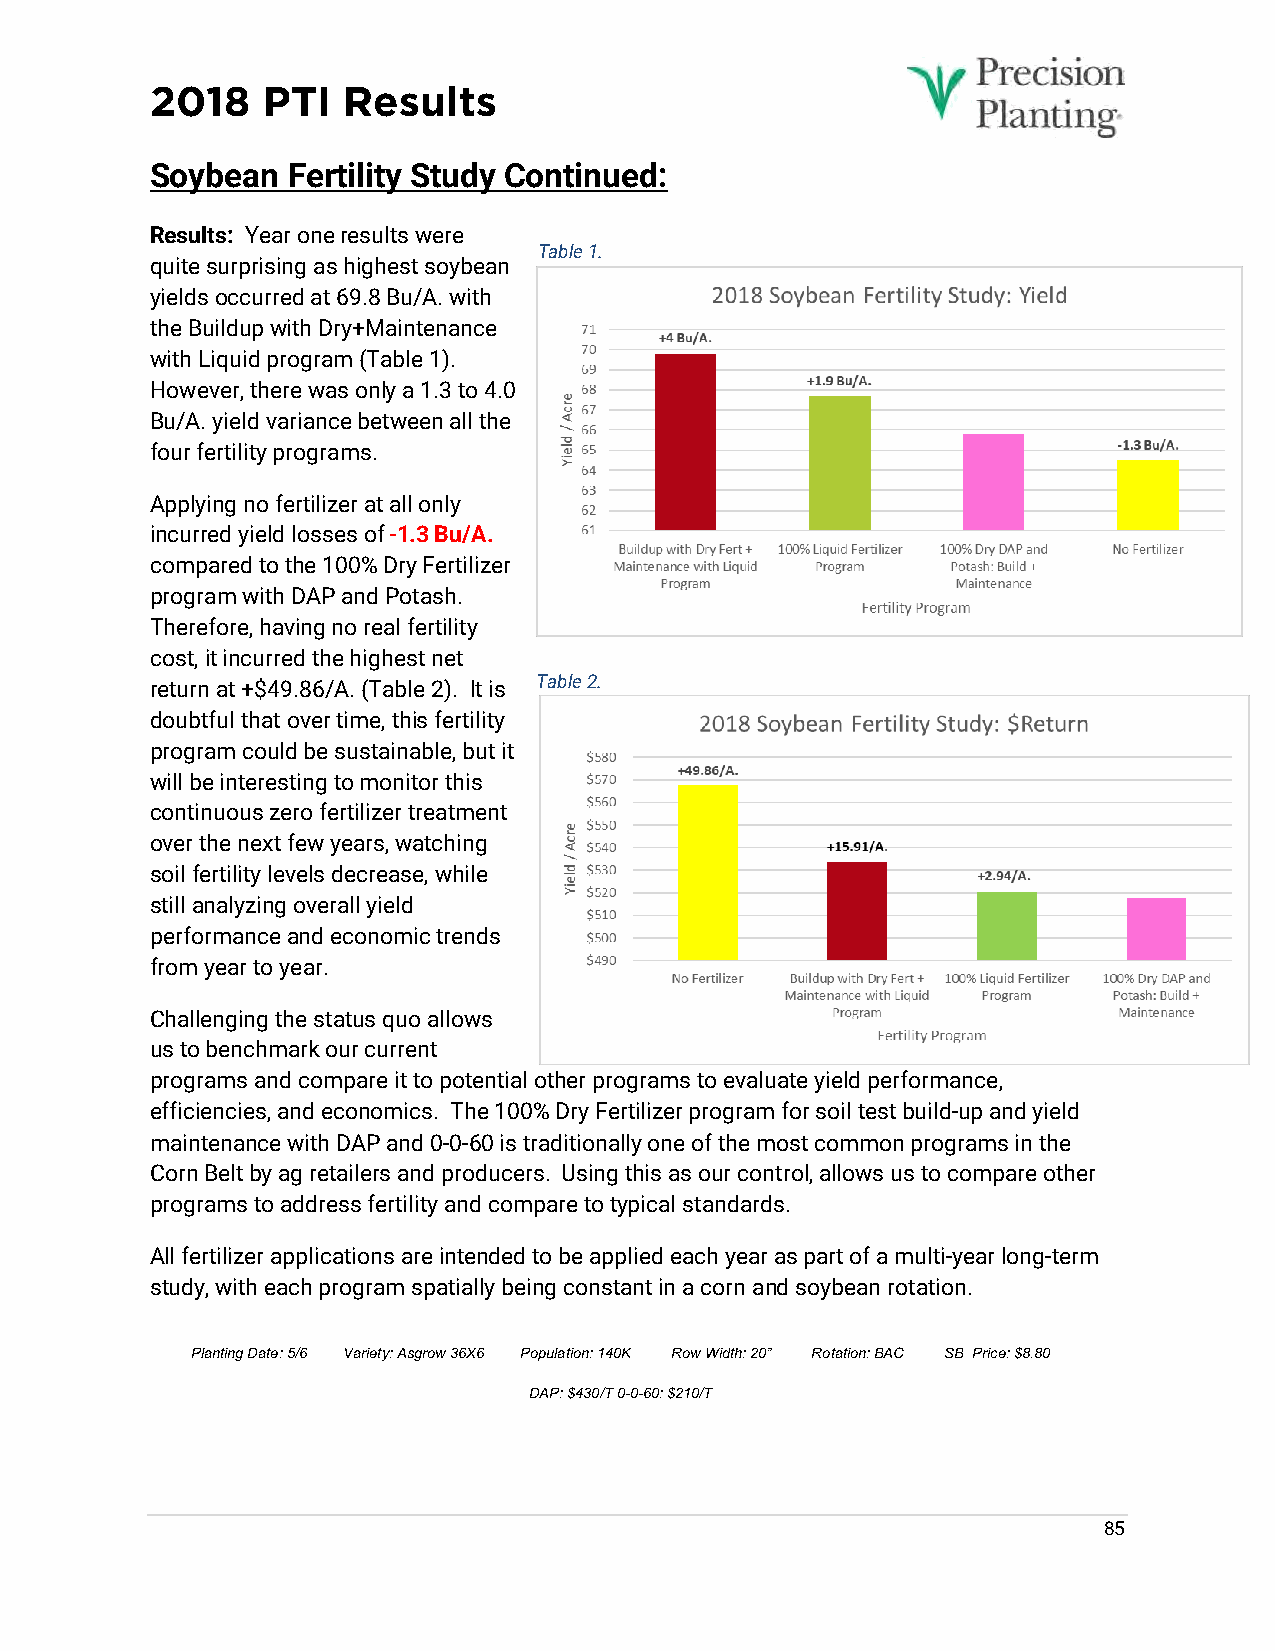
2018   PTI   Results
 Soybean  Fertility Study Continued:
 Results: Year one results were
 Table 1.
 quite surprising as highest soybean
 yields occurred at 69.8 Bu/A. with
 the Buildup with Dry+Maintenance
 with Liquid program (Table 1).
 However, there was only a 1.3 to 4.0
 Bu/A. yield variance between all the
 four fertility programs.
 Applying no fertilizer at all only
 incurred yield losses of -1.3 Bu/A.
 compared to the 100% Dry Fertilizer
 program with DAP and Potash.
 Therefore, having no real fertility
 cost, it incurred the highest net
 return at +$49.86/A. (Table 2). It is Table 2.
 doubtful that over time, this fertility
 program could be sustainable, but it
 will be interesting to monitor this
 continuous zero fertilizer treatment
 over the next few years, watching
 soil fertility levels decrease, while
 still analyzing overall yield
 performance and economic trends
 from year to year.
 Challenging the status quo allows
 us to benchmark our current
 programs and compare it to potential other programs to evaluate yield performance,
 efficiencies, and economics. The 100% Dry Fertilizer program for soil test build-up and yield
 maintenance with DAP and 0-0-60 is traditionally one of the most common programs in the
 Corn Belt by ag retailers and producers. Using this as our control, allows us to compare other
 programs to address fertility and compare to typical standards.
 All fertilizer applications are intended to be applied each year as part of a multi-year long-term
 study, with each program spatially being constant in a corn and soybean rotation.
 Planting Date: 5/6 Variety: Asgrow 36X6 Population: 140K Row Width: 20” Rotation: BAC SB Price: $8.80
 DAP: $430/T 0-0-60: $210/T
 85